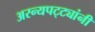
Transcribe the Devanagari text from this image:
अरन्यपट्ट्यांनी